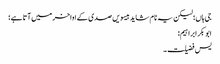
جی ہاں؛ لیکن یہ نام شاید بیسویں صدی کے اواخر میں آتا ہے؛
ابوبکر ابراہیم:
یس فضیلت۔